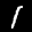
Label: 1